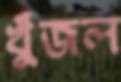
খুঁজল